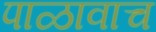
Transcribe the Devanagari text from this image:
पाळावाच